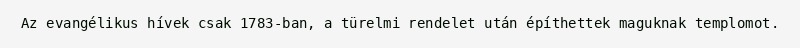
Az evangélikus hívek csak 1783-ban, a türelmi rendelet után építhettek maguknak templomot.